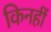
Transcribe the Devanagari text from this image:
किनहीं